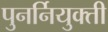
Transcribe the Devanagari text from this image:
पुनर्नियुक्ती